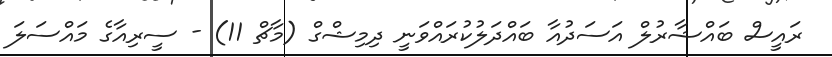
ރައީސް ބައްޝާރުލް އަސަދުއާ ބައްދަލުކުރައްވަނީ ދިމިޝްގް (މާޗް 11) - ސީރިއާގެ މައްސަލަ